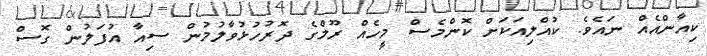
ކިއާންއެއް ނައެވެ. ކުއްލިއަކަށް ކޮންމެސް މީހެއް ރޫމްގެ ދޮރުހުޅުވާލުމުން ސިއާ އުފަލުން ގޮސް